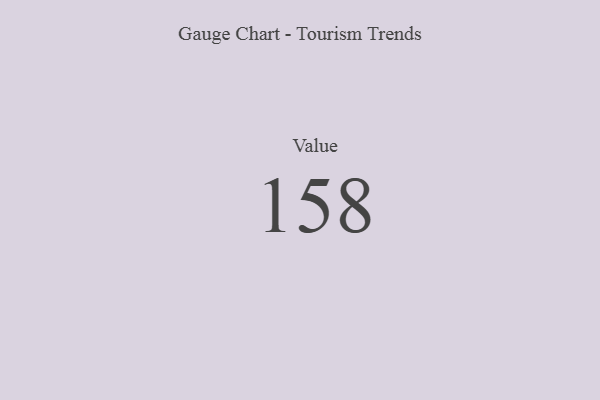
{"axis": {"x": "Metric", "y": "Value"}, "legend": [""], "data": [{"x": "Value", "y": 158, "type": ""}]}